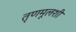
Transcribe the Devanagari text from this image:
तृणमूलशी